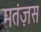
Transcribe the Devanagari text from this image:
मतंज़स